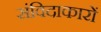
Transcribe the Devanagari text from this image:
संविदाकारों